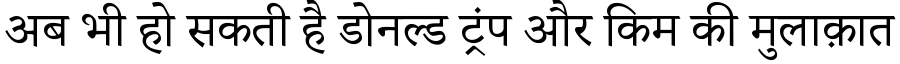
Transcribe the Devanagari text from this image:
अब भी हो सकती है डोनल्ड ट्रंप और किम की मुलाक़ात